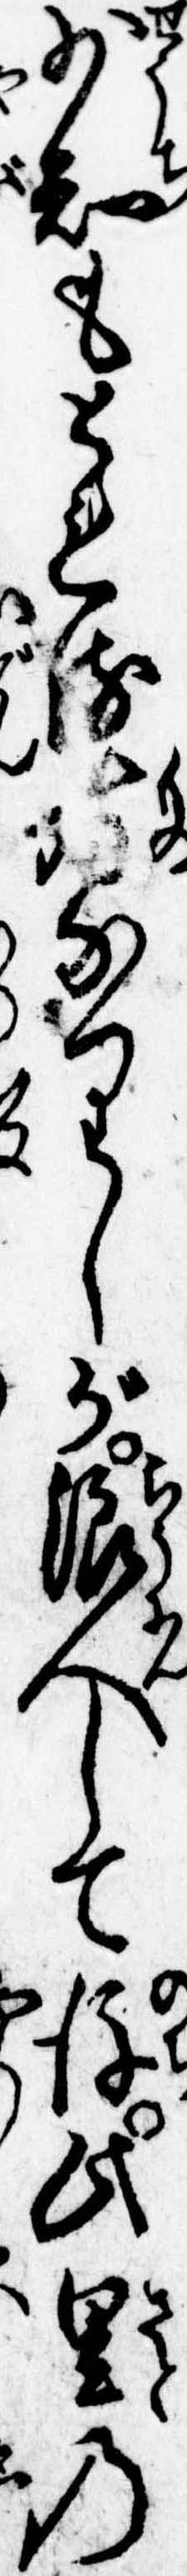
少知もとれるなりしが浪人して後此里の